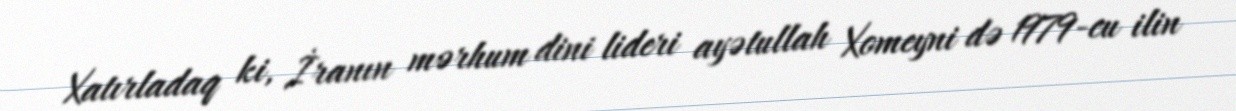
Xatırladaq ki, İranın mərhum dini lideri ayətullah Xomeyni də 1979-cu ilin